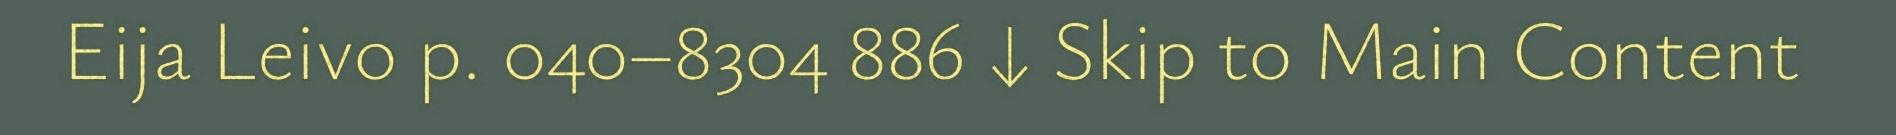
Eija Leivo p. 040–8304 886 ↓ Skip to Main Content